65_HS1-834228961_62-HQ-83894_Section_7
Agency: FBI
Page 23
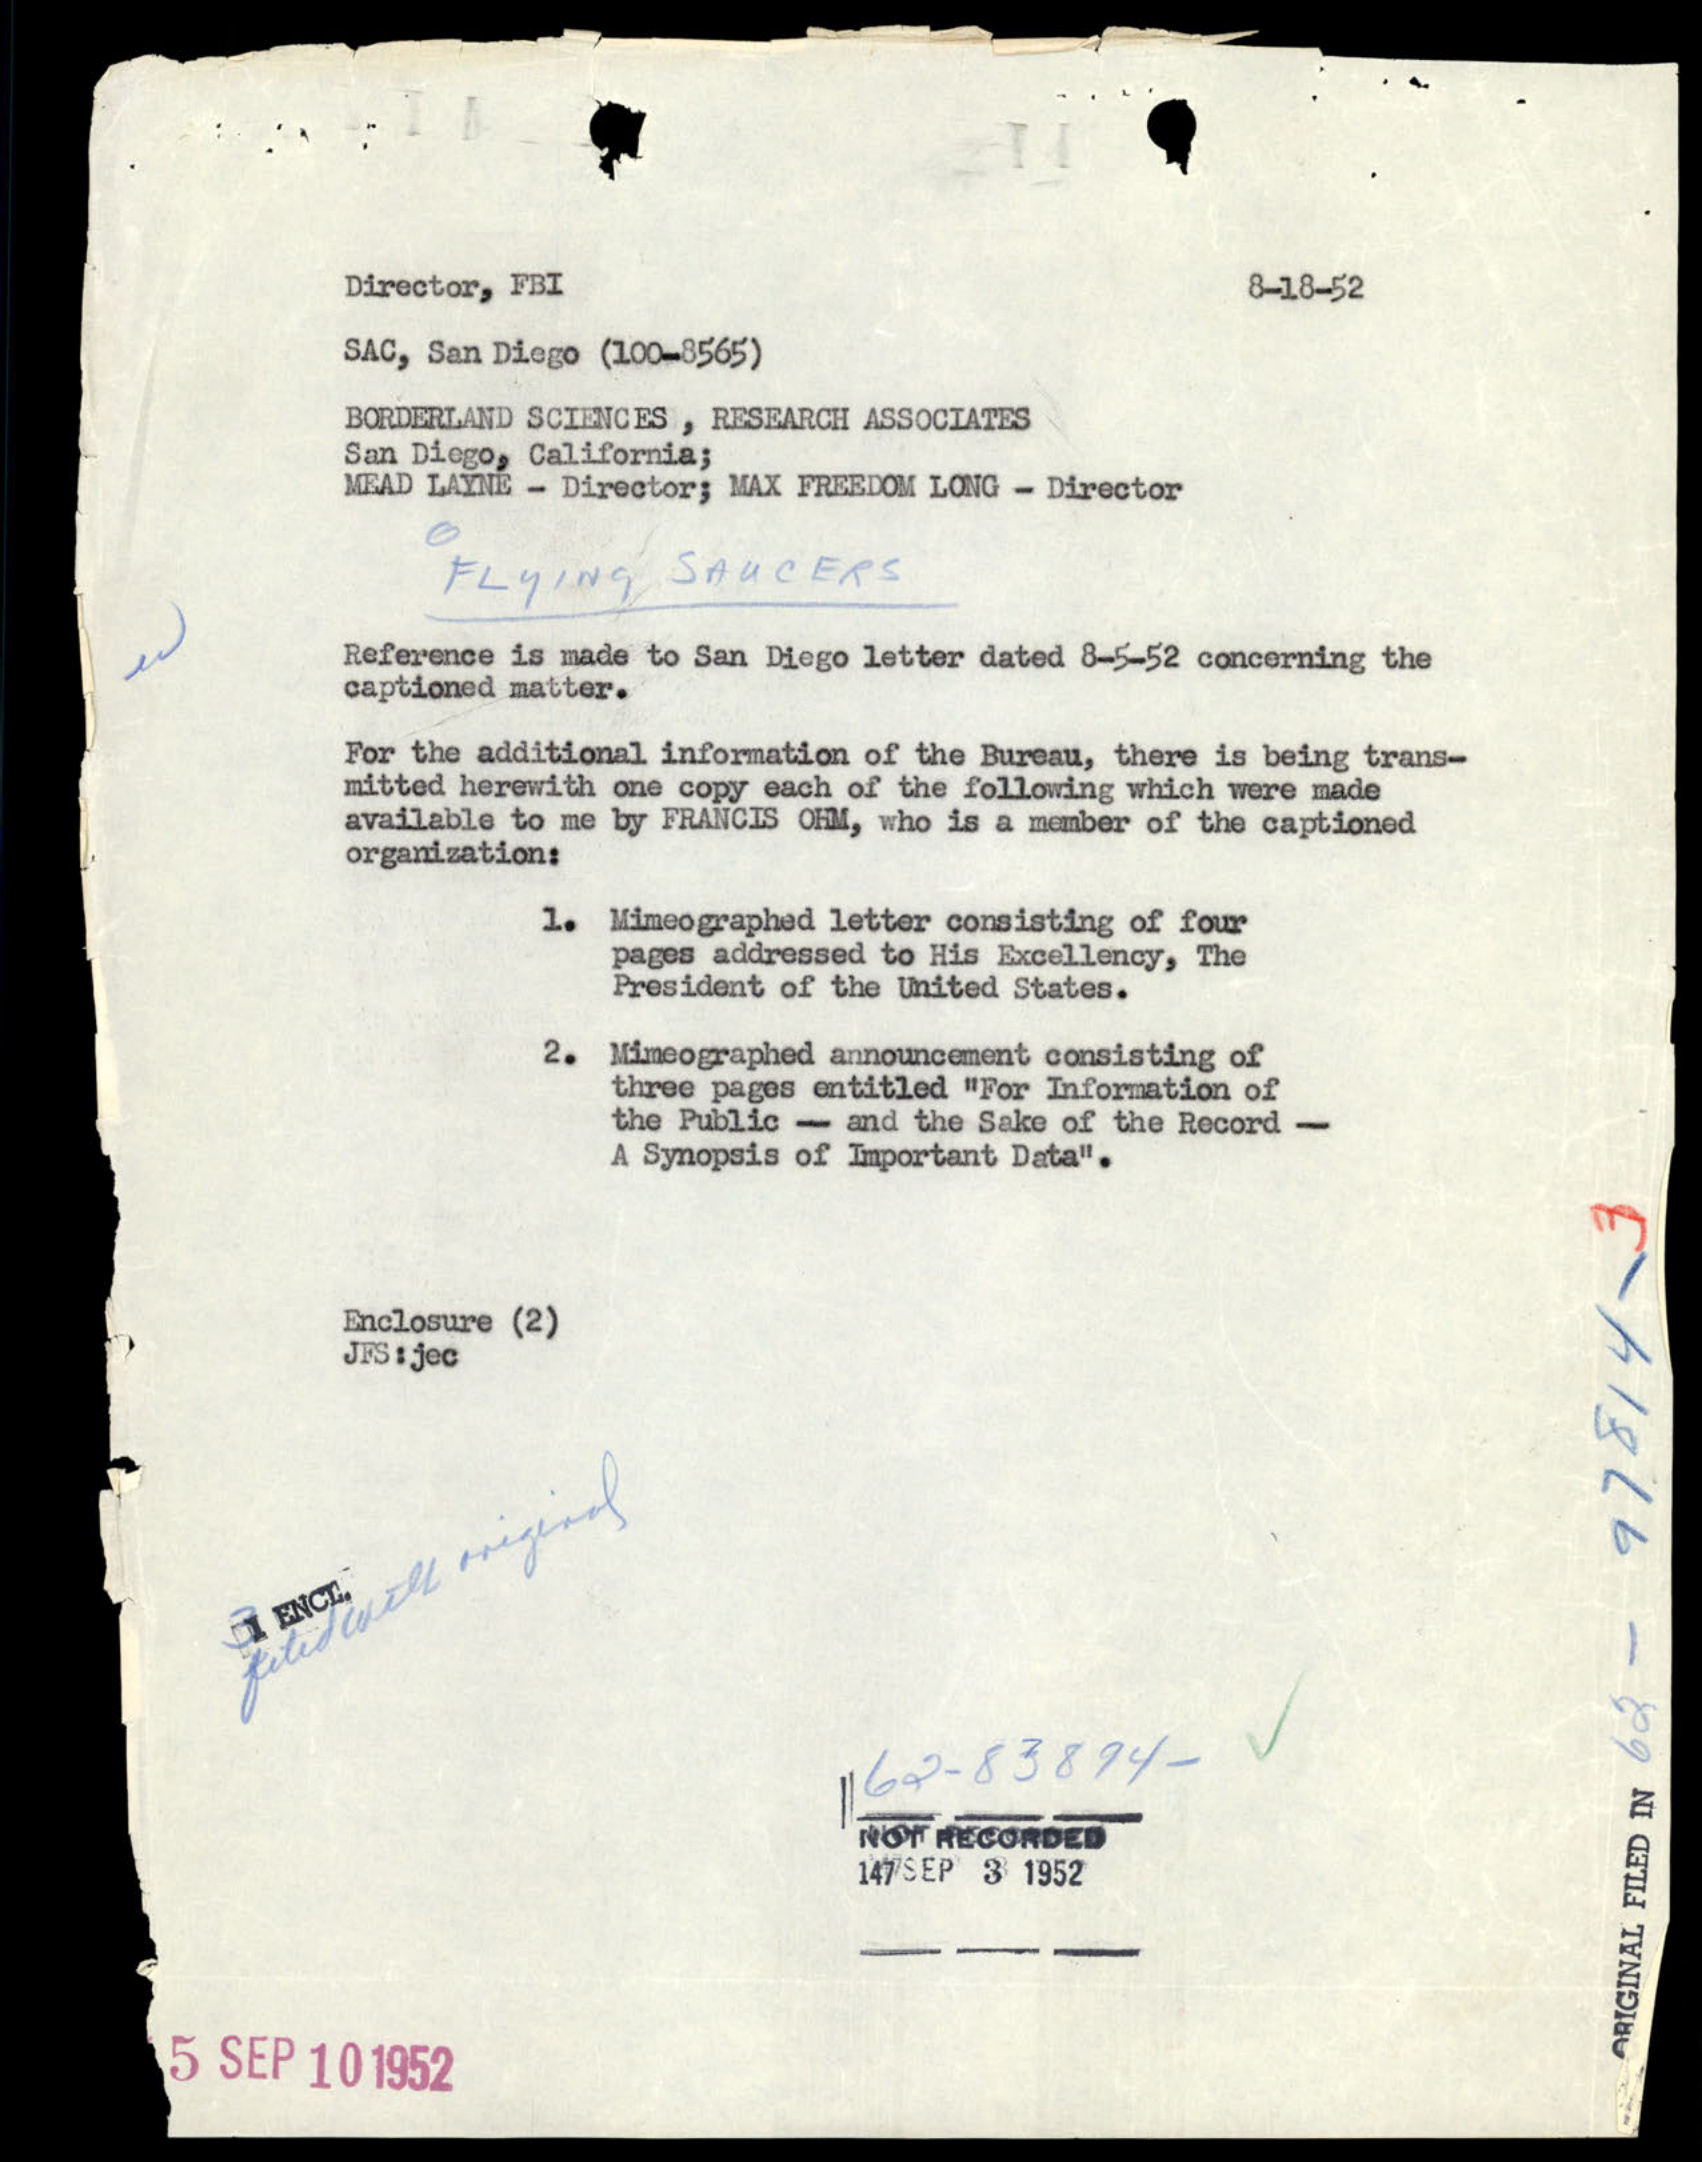